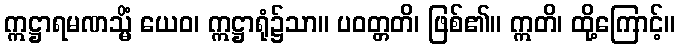
ဣဋ္ဌာရမဏသ္မိံ ယေဝ၊ ဣဋ္ဌာရုံ၌သာ။ ပဝတ္တတိ၊ ဖြစ်၏။ ဣတိ၊ ထို့ကြောင့်။